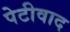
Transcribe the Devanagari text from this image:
पेटीवाद